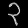
Digit: ၃